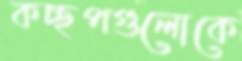
কচ্ছপগুলোকে